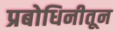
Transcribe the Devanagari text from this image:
प्रबोधिनीतून